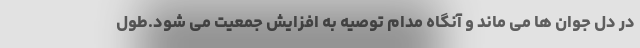
در دل جوان ها می ماند و آنگاه مدام توصیه به افزایش جمعیت می شود.طول